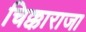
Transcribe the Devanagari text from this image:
चिक्काराजा